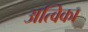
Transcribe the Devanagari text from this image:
अत्विका